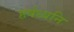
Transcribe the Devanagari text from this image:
हर्षध्वनि